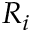
R _ { i }